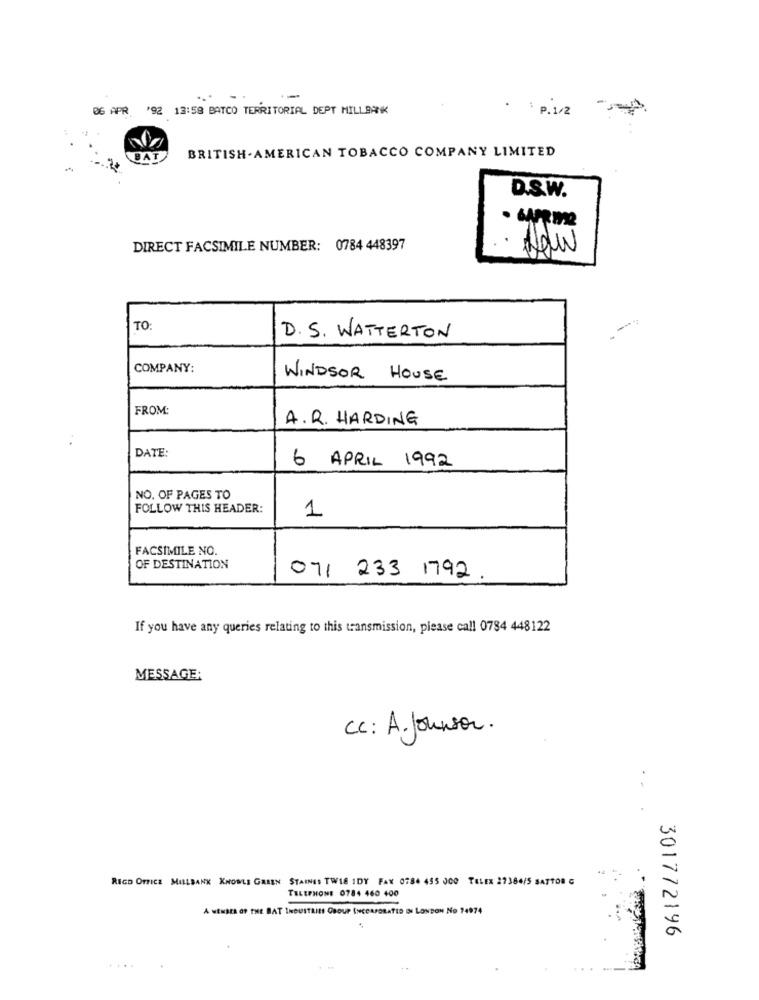
.-
06 APR '92 13:58 BATCO TERRITORIAL DEPT MILLBANK
. P.1/2
BAT
BRITISH . AMERICAN TOBACCO COMPANY LIMITED
D.S.W.
DIRECT FACSIMILE NUMBER: 0784 448397
Now
TO
D. S. WATTERTON
COMPANY:
WINDSOR HOUSE
FROM:
A.R. HARDING
DATE:
6 APRIL 1992
NO. OF PAGES TO
FOLLOW THIS HEADER:
1
FACSIMILE NO.
OF DESTINATION
071 233 1792 .
If you have any queries relating to this transmission, please call 0784 448122
MESSAGE:
Cc: A. Johnson.
RECO OFFICE MILLBANK KNOWLE GALEN STAINES TWIE IDY FAX 0784 455 000 TELEX 27384/5 SATTOR C
TELEPHONE 0784 460 400
A WENDER OF THE BAT INDUSTRIES GROUP INCORPORATED IN LONDON NO 74974
301772196